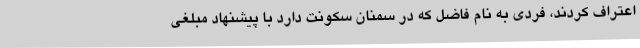
اعتراف کردند، فردی به نام فاضل که در سمنان سکونت دارد با پیشنهاد مبلغی